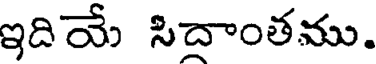
ఇదియే సిదాంతము.